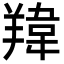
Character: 䍷